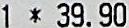
1 * 39.90